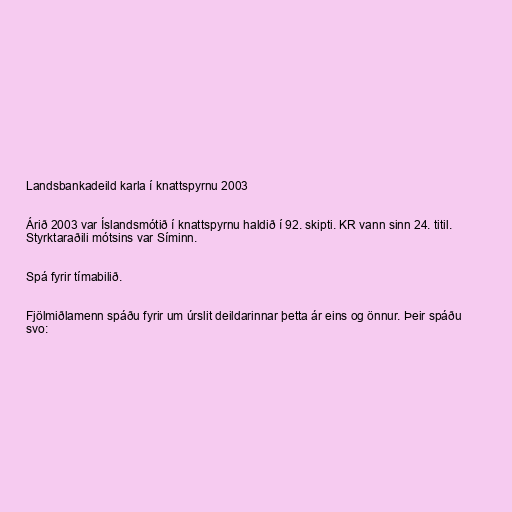
Landsbankadeild karla í knattspyrnu 2003

Árið 2003 var Íslandsmótið í knattspyrnu haldið í 92. skipti. KR vann sinn 24. titil.
Styrktaraðili mótsins var Síminn.

Spá fyrir tímabilið.

Fjölmiðlamenn spáðu fyrir um úrslit deildarinnar þetta ár eins og önnur. Þeir spáðu
svo: